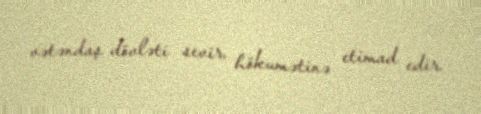
vətəndaş dövləti sevir, hökumətinə etimad edir.